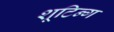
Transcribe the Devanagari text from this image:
शूटिन्ग